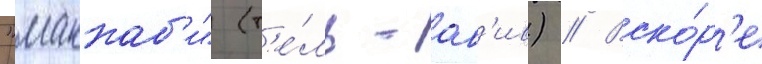
"маккаб'и" (т'е́ль-ав'ив) // Вско́р'е